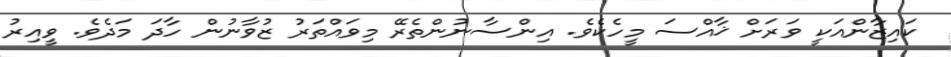
ކައިޒާންއަކީ ވަރަށް ޚާއްސަ މީހެކެވެ. އިންސާނުންތެރޭ މިވައްތަރު ޒުވާނުން ހާދަ މަދެވެ. ވީއިރު